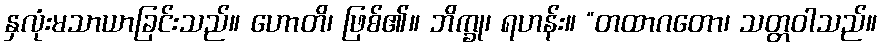
နှလုံးမသာယာခြင်းသည်။ ဟောတိ၊ ဖြစ်၏။ ဘိက္ခု၊ ရဟန်း။ “တထာဂတော၊ သတ္တဝါသည်။